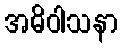
အဓိဝါသနာ